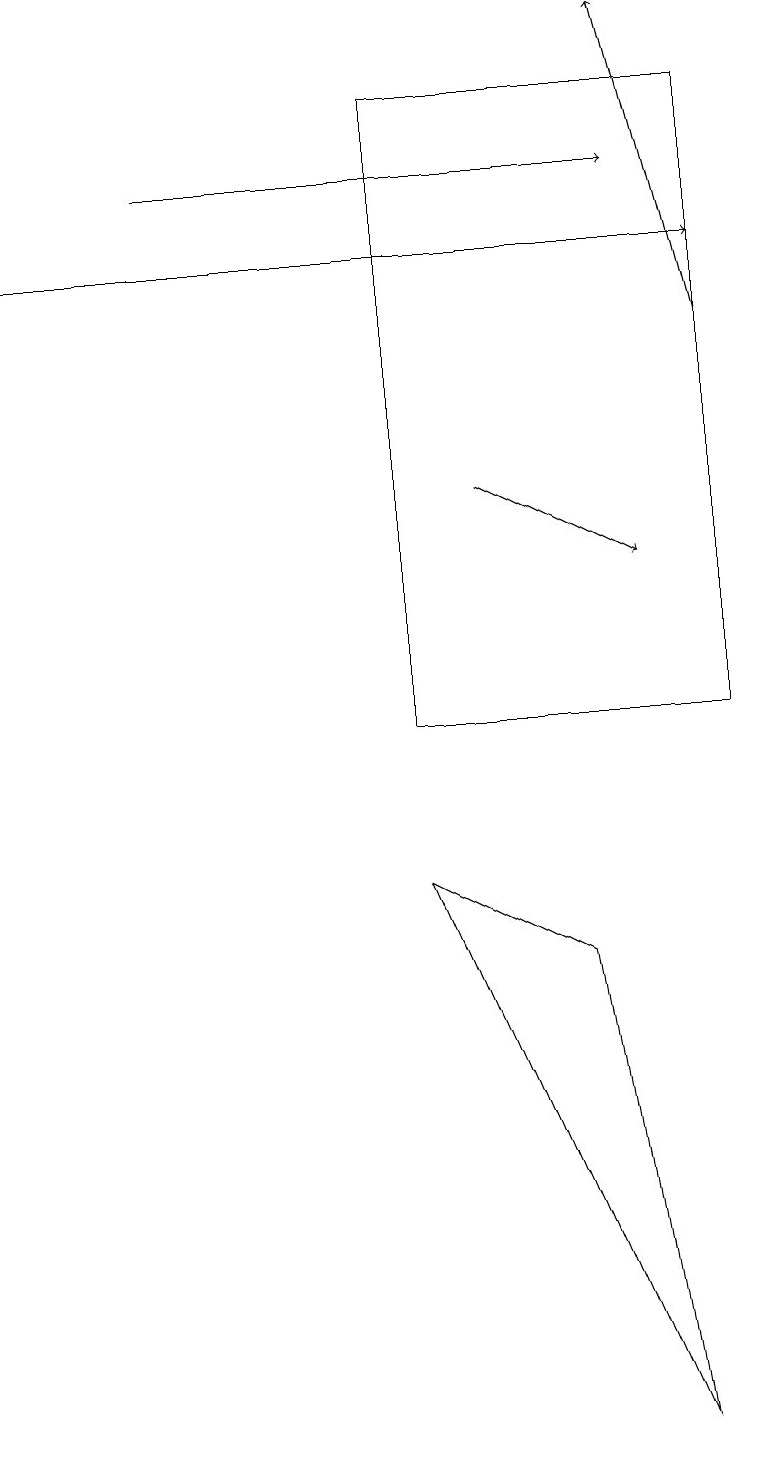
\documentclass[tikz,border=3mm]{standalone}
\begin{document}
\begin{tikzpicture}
\draw (8,1) -- (7,7) -- (5,8) -- cycle;
\draw[->] (6,13) -- (8,12);
\draw (5,10) rectangle (9,18);
\draw[->] (2,17) -- (8,17);
\draw[->] (0,16) -- (9,16);
\draw[->] (9,15) -- (8,19);
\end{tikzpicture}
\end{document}